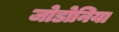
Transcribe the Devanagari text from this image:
जोडोनिया